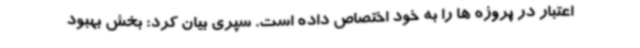
اعتبار در پروژه ها را به خود اختصاص داده است. سپری بیان کرد: بخش بهبود